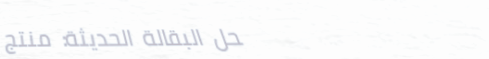
محل البقالة الحديثة: منتج